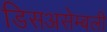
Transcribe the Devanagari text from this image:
डिसअसेम्बली